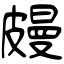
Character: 㿸